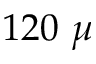
1 2 0 ~ \mu